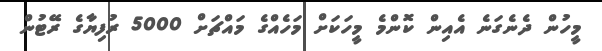
މީހުން ދެނެގަނެ އެއިން ކޮންމެ މީހަކަށް މަހެއްގެ މައްޗަށް 5000 ރުފިޔާގެ ރޭޓުން